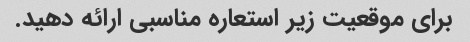
برای موقعیت زیر استعاره مناسبی ارائه دهید.